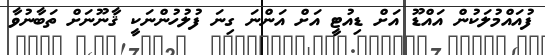
ފުއައްމުލަކުން އައްޑޫ އަށް ޑިއުޓީ އަށް އަންނަ ގިނަ ފުލުހުންނަކީ ޤާނޫނަށް ތަބާނުވާ